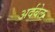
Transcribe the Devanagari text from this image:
अर्दबेल